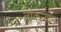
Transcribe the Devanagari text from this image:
नोकर्‍यांत